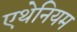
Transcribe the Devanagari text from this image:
एथेनियम